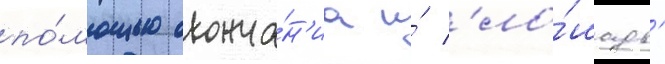
по́мощью оконча́н'иа и́ 'ло́шадь'